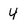
Character: 4